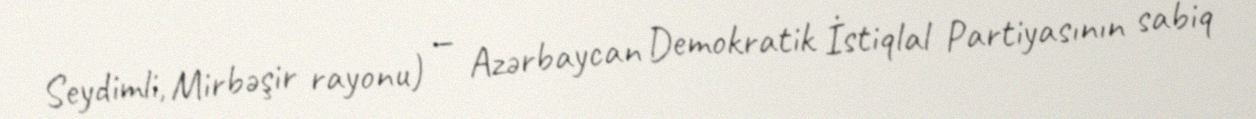
Seydimli, Mirbəşir rayonu) — Azərbaycan Demokratik İstiqlal Partiyasının sabiq